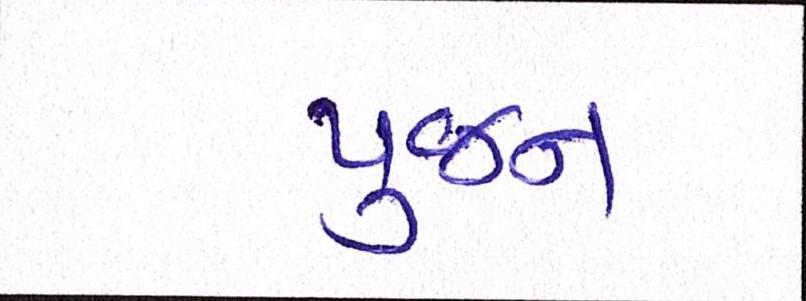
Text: પુજન